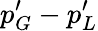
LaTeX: p_{G}^{\prime}-p_{L}^{\prime}